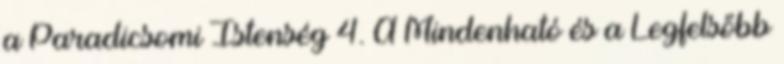
a Paradicsomi Istenség 4. A Mindenható és a Legfelsőbb